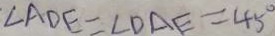
\angle A D E = \angle D A E = 4 5 ^ { \circ }